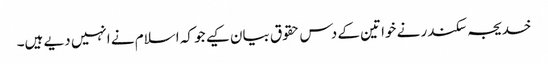
خدیجہ سکندر نے خواتین کے دس حقوق بیان کیے جو کہ اسلام نے انہیں دیے ہیں۔